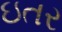
ઇતર